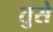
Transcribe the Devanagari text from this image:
तुसे